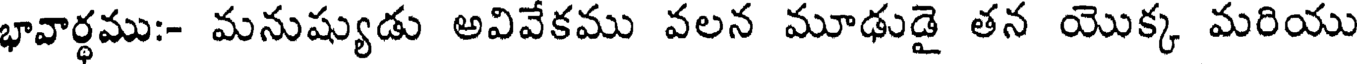
భావార్థము:- మనుష్యుడు అవివేకము వలన మూఢుడై తన యొక్క మరియు